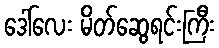
ဒေါ်လေး မိတ်ဆွေရင်းကြီး